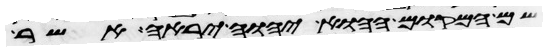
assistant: שם המקום ההוא יהוה יראה אשר